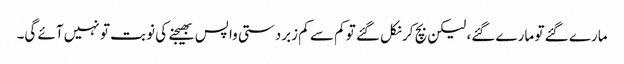
مارے گئے تو مارے گئے، لیکن بچ کر نکل گئے تو کم سے کم زبردستی واپس بھیجنے کی نوبت تو نہیں آئے گی۔